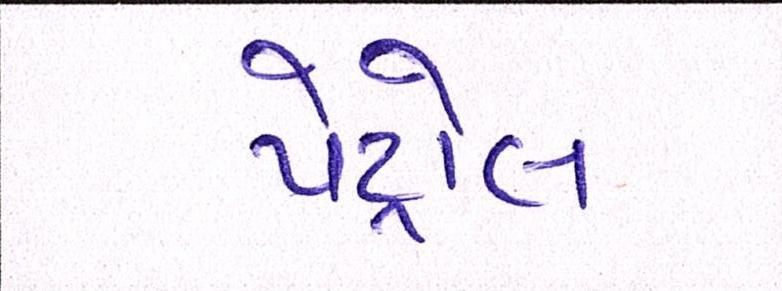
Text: પેટ્રોલ